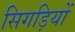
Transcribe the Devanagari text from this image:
सिगड़ियों